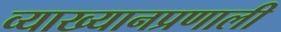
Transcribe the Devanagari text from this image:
व्याख्यानप्रणाली